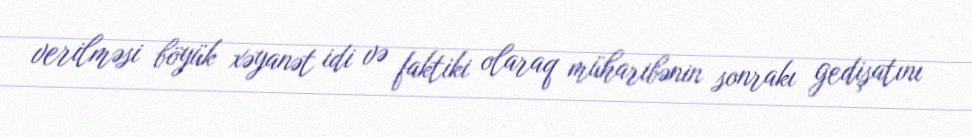
verilməsi böyük xəyanət idi və faktiki olaraq müharibənin sonrakı gedişatını